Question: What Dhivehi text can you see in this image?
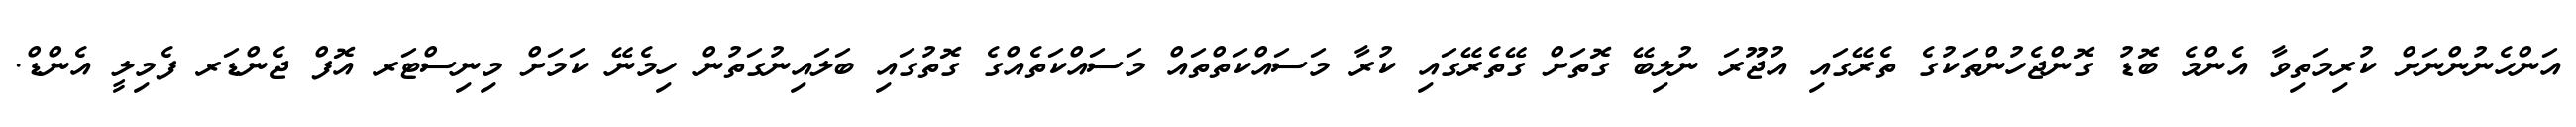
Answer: އަންހެނުންނަށް ކުރިމަތިވާ އެންމެ ބޮޑު ގޮންޖެހުންތަކުގެ ތެރޭގައި އުޖޫރަ ނުލިބޭ ގޮތަށް ގޭތެރޭގައި ކުރާ މަސައްކަތްތައް މަސައްކަތެއްގެ ގޮތުގައި ބަލައިނުގަތުން ހިމެނޭ ކަމަށް މިނިސްޓަރ އޮފް ޖެންޑަރ ފެމިލީ އެންޑް.